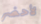
لأحضر